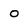
Character: o